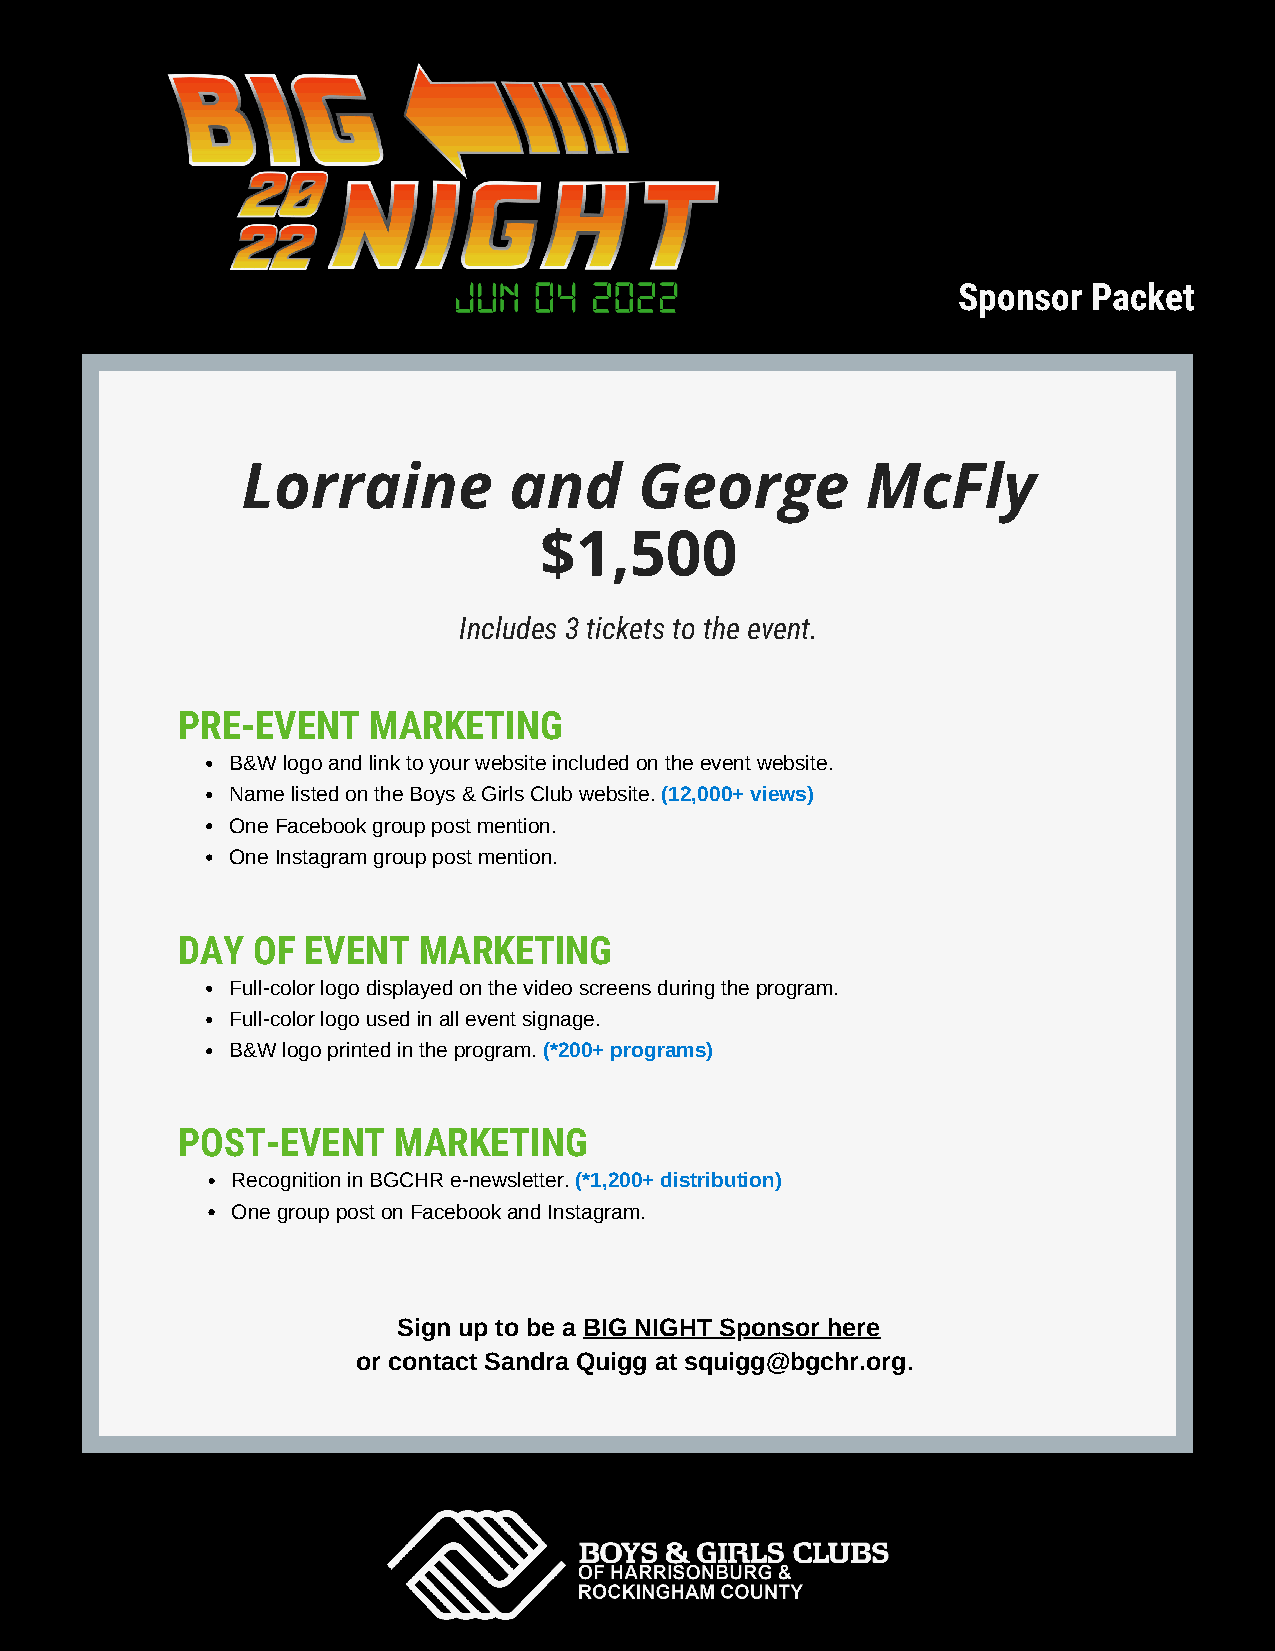
Sponsor  Packet
 Lorraine          and     George         McFly
 $1,500
 Includes 3 tickets to the event.
 PRE-EVENT   MARKETING
 B&W logo and link to your website included on the event website.
 Name listed on the Boys & Girls Club website. (12,000+ views)
 One Facebook group post mention.
 One Instagram group post mention.
 DAY  OF EVENT   MARKETING
 Full-color logo displayed on the video screens during the program.
 Full-color logo used in all event signage.
 B&W logo printed in the program. (*200+ programs)
 POST-EVENT    MARKETING
 Recognition in BGCHR e-newsletter. (*1,200+ distribution)
 One group post on Facebook and Instagram.
 Sign up to be a BIG NIGHT Sponsor here
 or contact Sandra Quigg at squigg@bgchr.org.